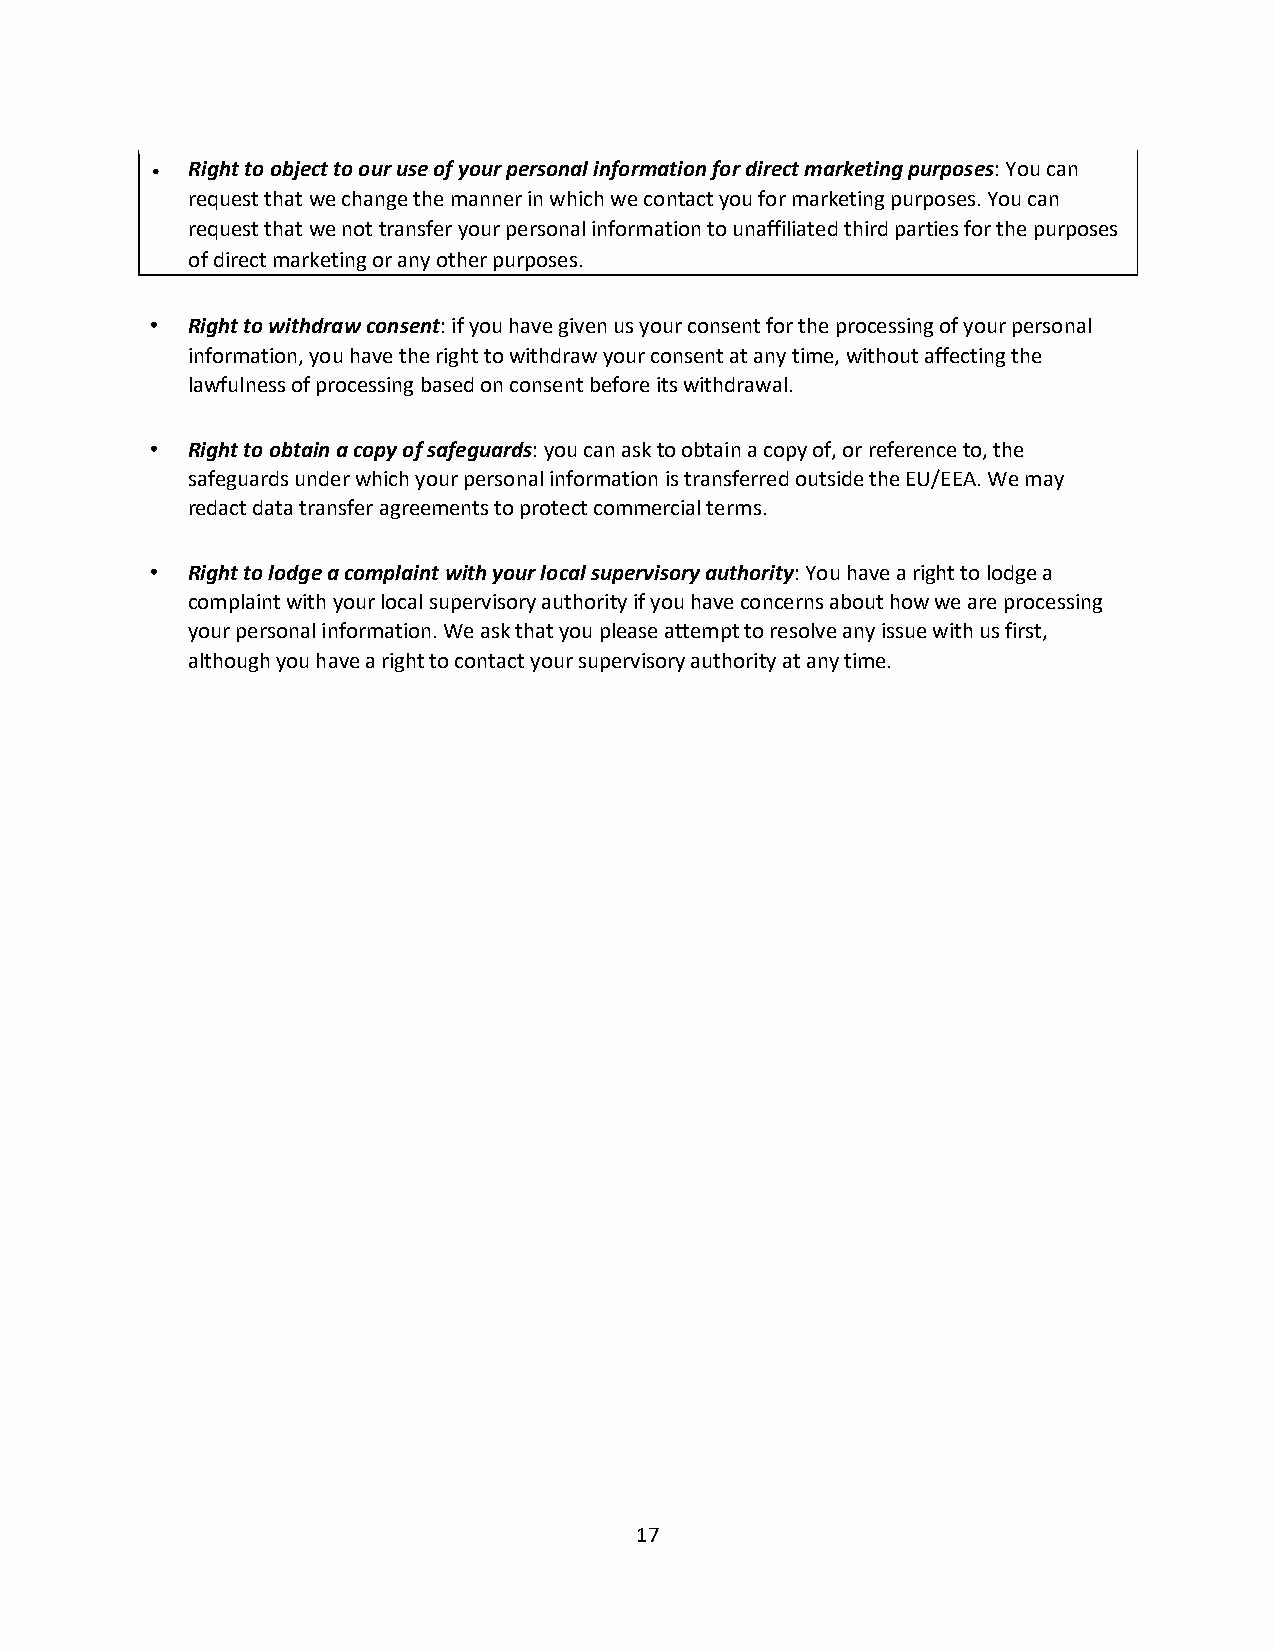
• Right to object to our use of your personal information for direct marketing purposes: You can
 request that we change the manner in which we contact you for marketing purposes. You can
 request that we not transfer your personal information to unaffiliated third parties for the purposes
 of direct marketing or any other purposes.
 • Right to withdraw consent: if you have given us your consent for the processing of your personal
 information, you have the right to withdraw your consent at any time, without affecting the
 lawfulness of processing based on consent before its withdrawal.
 • Right to obtain a copy of safeguards: you can ask to obtain a copy of, or reference to, the
 safeguards under which your personal information is transferred outside the EU/EEA. We may
 redact data transfer agreements to protect commercial terms.
 • Right to lodge a complaint with your local supervisory authority: You have a right to lodge a
 complaint with your local supervisory authority if you have concerns about how we are processing
 your personal information. We ask that you please attempt to resolve any issue with us first,
 although you have a right to contact your supervisory authority at any time.
 17